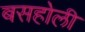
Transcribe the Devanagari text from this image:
बसहोली